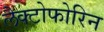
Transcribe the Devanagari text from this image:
लैक्टोफोरिन